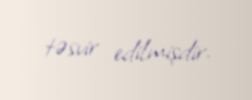
təsvir edilmişdir.